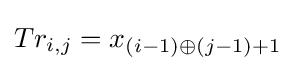
Tr_{i,j}=x_{(i-1)\oplus (j-1)+1}